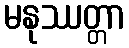
မနုဿတ္တာ